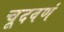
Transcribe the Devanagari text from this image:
चूदवणं